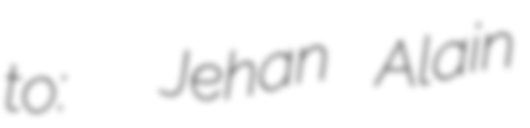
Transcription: to:  Jehan Alain